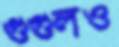
গুগুলও